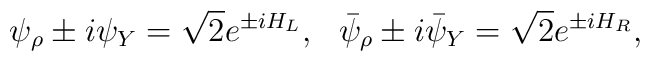
\psi_\rho \pm i\psi_Y = \sqrt{2}e^{\pm iH_L},~~  \bar{\psi}_\rho \pm i\bar{\psi}_Y = \sqrt{2}e^{\pm iH_R},